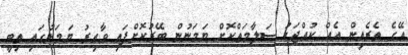
އޭގެ ތެރެއިން އެއް ކުއްޖަކު ސަލާމަތްކޮށް ޔަމަނުން ބޭރުކޮށްފައި ވާއިރު ޔަމަނުގައި ތިބީ